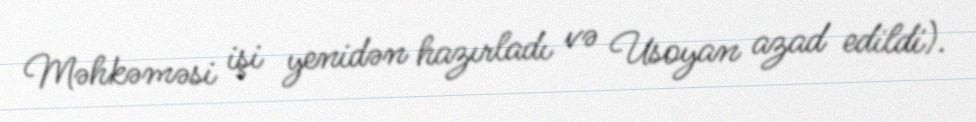
Məhkəməsi işi yenidən hazırladı və Usoyan azad edildi).